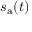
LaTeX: s _ { \mathrm { a } } ( t )